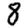
Digit: 8